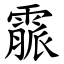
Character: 霢